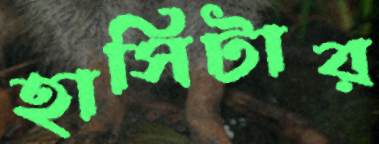
হাসিটার